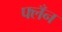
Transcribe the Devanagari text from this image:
फ्लँन